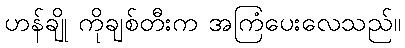
ဟန်ချို ကိုချစ်တီးက အကြံပေးလေသည်။